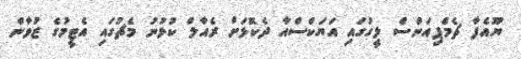
ޔޫއެފާ ޗެމްޕިއަންސް ލީގުގައި އަޔަކްސްއާ ދެކޮޅަށް ރެއާލް ކުޅުނު މެޗުގައި އެޓީމުގެ ޒުވާން